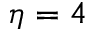
\eta = 4